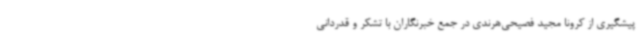
پیشگیری از کرونا مجید فصیحی‌هرندی در جمع خبرنگاران با تشکر و قدردانی